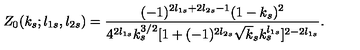
Z _ { 0 } ( k _ { s } ; l _ { 1 s } , l _ { 2 s } ) = \frac { ( - 1 ) ^ { 2 l _ { 1 s } + 2 l _ { 2 s } - 1 } ( 1 - k _ { s } ) ^ { 2 } } { 4 ^ { 2 l _ { 1 s } } k _ { s } ^ { 3 / 2 } [ 1 + ( - 1 ) ^ { 2 l _ { 2 s } } \sqrt k _ { s } k _ { s } ^ { l _ { 1 s } } ] ^ { 2 - 2 l _ { 1 s } } } .